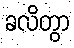
ခလိတွာ